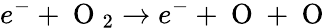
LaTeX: e^{-}+\mathrm{~O~}_{2}\rightarrow e^{-}+\mathrm{~O~}+\mathrm{~O~}